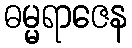
ဓမ္မရာဇေန